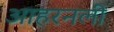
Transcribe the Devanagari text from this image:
आहरनली